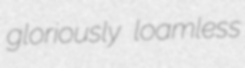
gloriously loamless